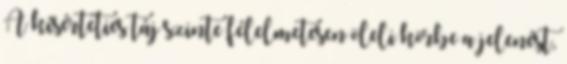
A kísérteties táj szinte félelmetesen öleli körbe a jelenést,